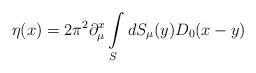
LaTeX: \begin{align*}\eta(x)=2\pi^2\partial_\mu^x\int\limits_{S}^{} dS_\mu(y)D_0(x-y)\end{align*}